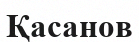
Қасанов